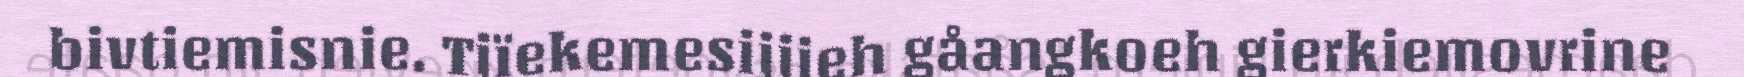
bivtiemisnie. Tjïekemesijjieh gåangkoeh gierkiemovrine